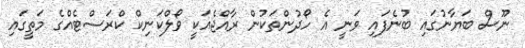
ނޫސް ބަޔާނުގައި ބުނެފައި ވަނީ އެ ހޯދުންތަކުން ރާއްޖެއަކީ ވޯލްކަނިކް ކްރަސްޓެއްގެ މަތީގައި